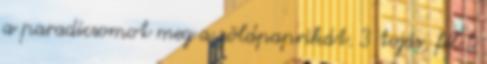
a paradicsomot meg a zöldpaprikát. 3 tojás, fél l